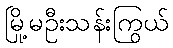
မြို့မဦးသန်းကြွယ်